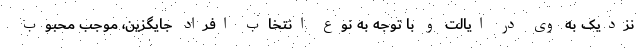
نزدیک به وی در ایالت و با توجه به نوع انتخاب افراد جایگزین، موجب محبوب